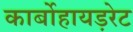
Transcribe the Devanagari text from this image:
कार्बोहायड़रेट